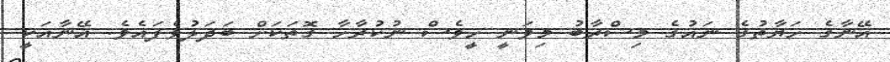
އޭނާގެ ހަޔާތުގެ ނައުގެ މިސްރާބު މިވަނީ ހީވެސް ނުކުރާހާ ގޮތަކަށް ބަދަލުވެފައެވެ. އޭނާއަކީ